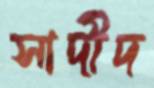
সাদীদ